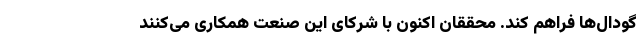
گودال‌ها فراهم کند. محققان اکنون با شرکای این صنعت همکاری می‌کنند